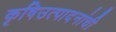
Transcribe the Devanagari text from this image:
कृषिउत्पादनांची